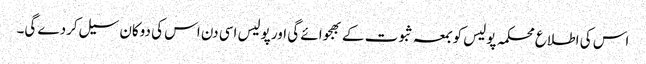
اس کی اطلاع محکمہ پولیس کو بمعہ ثبوت کے بھجوائے گی اور پولیس اسی دن اس کی دوکان سیل کردے گی۔